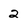
Character: 2